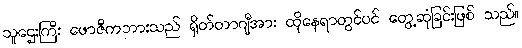
သူဌေးကြီး ဖောဇီကဘားသည် ရှိတ်တာဂျီအား ထိုနေရာတွင်ပင် တွေ့ဆုံခြင်းဖြစ် သည်။